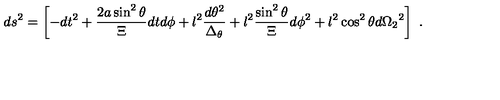
d s ^ { 2 } = \left[ - d t ^ { 2 } + { \frac { 2 a \sin ^ { 2 } { \theta } } { \Xi } } d t d \phi + l ^ { 2 } { \frac { d \theta ^ { 2 } } { \Delta _ { \theta } } } + l ^ { 2 } { \frac { \sin ^ { 2 } { \theta } } { \Xi } } d \phi ^ { 2 } + l ^ { 2 } \cos ^ { 2 } { \theta } d { \Omega _ { 2 } } ^ { 2 } \right] \ .